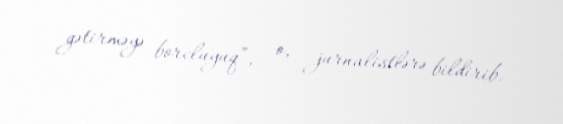
gətirməyə borcluyuq”, - o, jurnalistlərə bildirib.